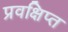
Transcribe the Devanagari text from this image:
प्रवक्षिप्त